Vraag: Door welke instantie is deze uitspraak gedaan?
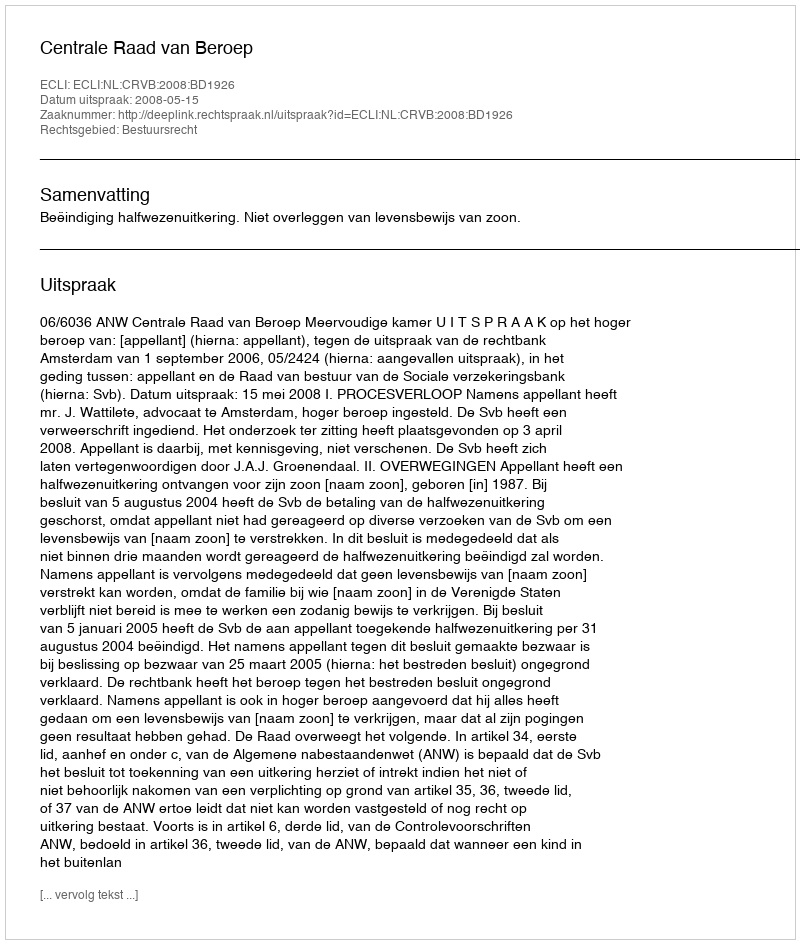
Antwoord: Centrale Raad van Beroep